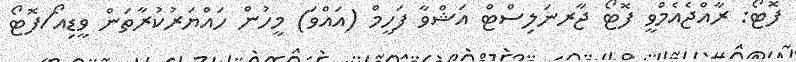
ފޮޓޯ: ރާއްޖެއެމްވީ ފޮޓޯ ޖާރނަލިސްޓް އަޝްވާ ފަހީމް (އައްވަ) މީހުން ހައްޔަރުކުރާތަން ވީޑިއޯ/ފޮޓޯ